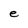
Character: e